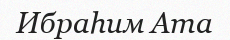
Ибраһим Ата